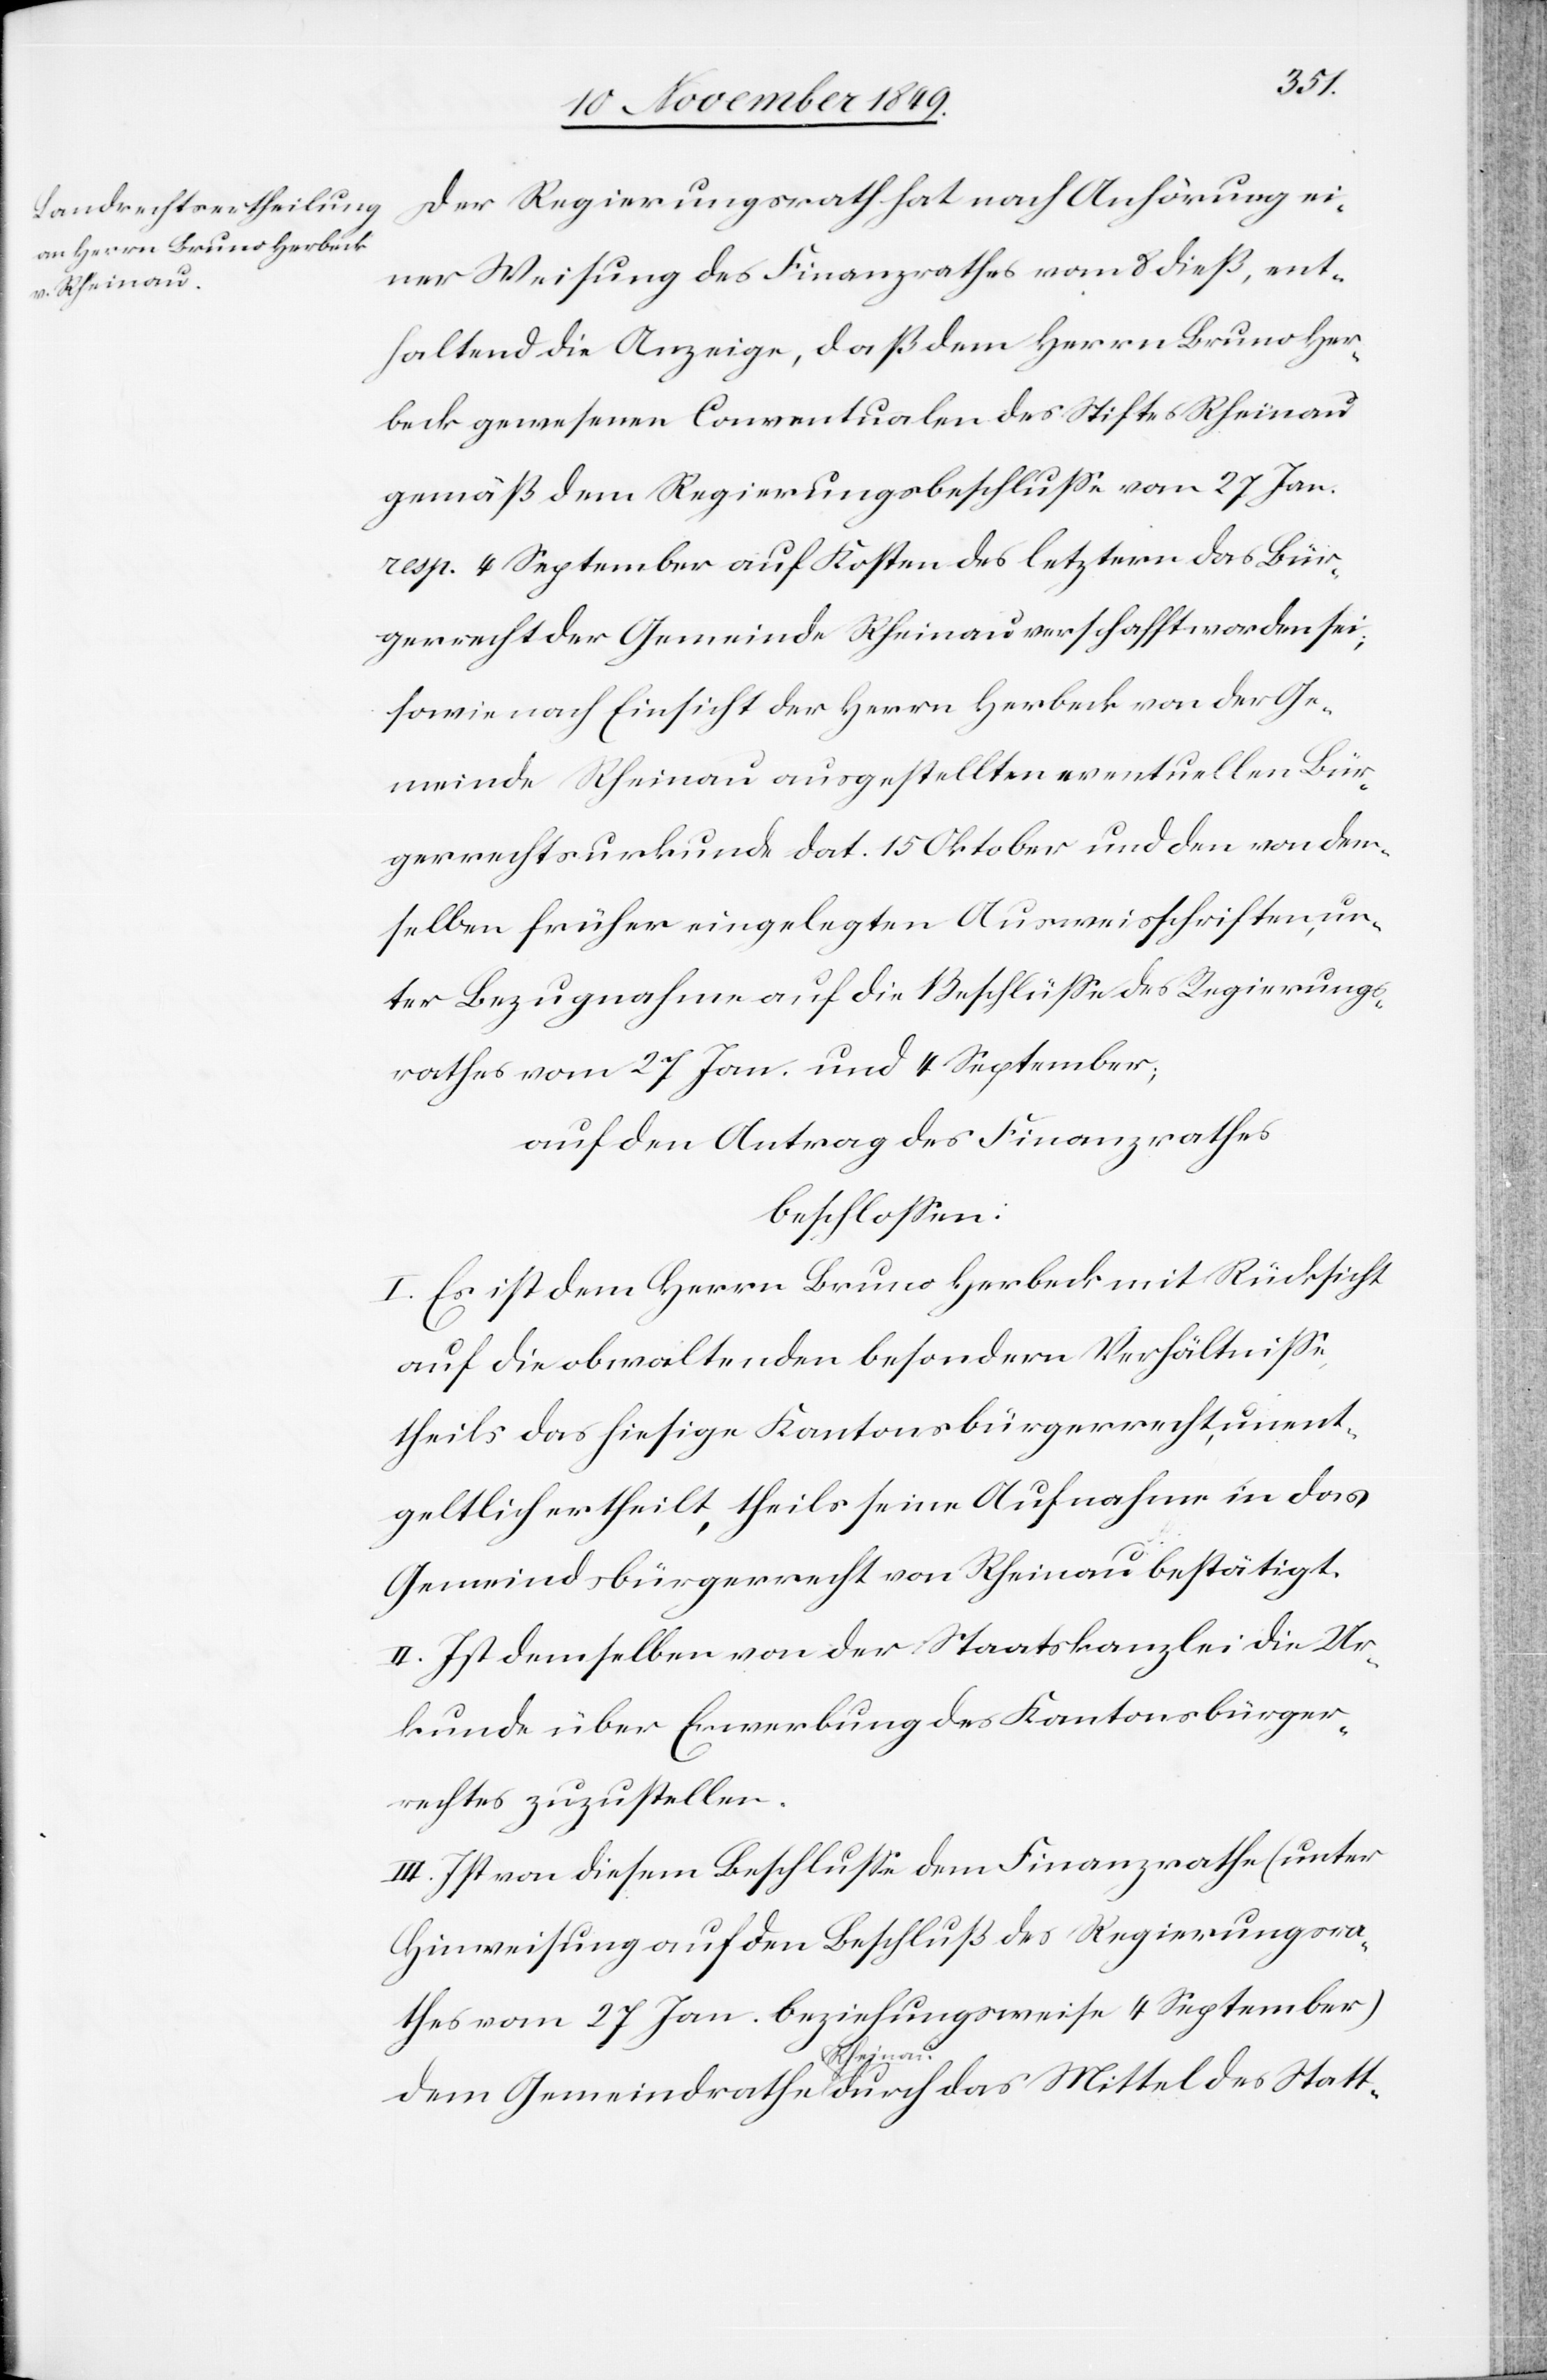
Der Regierungsrath hat nach Anhörung ei¬
ner Weisung des Finanzrathes vom 8 dieß, ent¬
haltend die Anzeige, daß dem Herrn Bruno Her¬
beck gewesenen Conventualen des Stiftes Rheinau
gemäß dem Regierungsbeschluße vom 27 Jan.
resp. 4 September auf Kosten des letztern das Bür¬
gerrecht der Gemeinde Rheinau verschafft worden sei;
sowie nach Einsicht der Herrn Herbeck von der Ge¬
meinde Rheinau ausgestellten eventuellen Bür¬
gerrechtsurkunde dat. 15 Oktober und den von den¬
selben früher eingelegten Ausweisschriften, un¬
ter Bezugnahme auf die Beschlüße des Regierungs¬
rathes vom 27 Jan. und 4 September;
auf den Antrag des Finanzrathes
beschloßen:
I. Es ist dem Herrn Bruno Herbeck mit Rücksicht
auf die obwaltenden besondern Verhältniße,
theils das hiesige Kantonalbürgerrecht, unent¬
geldlich ertheilt, theils seine Aufnahme in das
Gemeindsbürgerrecht von Rheinau bestätigt.
II. Ist demselben von der Staatskanzlei die Ur¬
kunde über Erwerbung des Kantonalbürger¬
rechtes zuzustellen.
III. Ist von diesem Beschluße dem Finanzrathe (unter
Hinweisung auf den Beschluß des Regierungsra¬
thes vom 27 Jan. beziehungsweise 4 September)
Mittel des